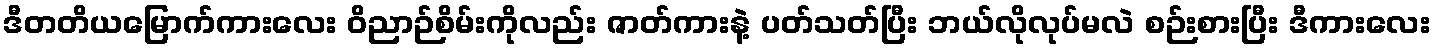
ဒီတတိယမြောက်ကားလေး ဝိညာဉ်စိမ်းကိုလည်း ဇာတ်ကားနဲ့ ပတ်သတ်ပြီး ဘယ်လိုလုပ်မလဲ စဉ်းစားပြီး ဒီကားလေး